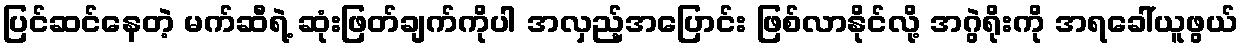
ပြင်ဆင်နေတဲ့ မက်ဆီရဲ့ ဆုံးဖြတ်ချက်ကိုပါ အလှည့်အပြောင်း ဖြစ်လာနိုင်လို့ အဂွဲရိုးကို အရခေါ်ယူဖွယ်